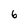
Character: 6